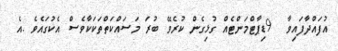
އުފައްދާފައިވާ  9ޑިޕާޓްމަންޓެއް ގުޅިގެން ކުރެވޭ ބުރަ މަސައްކަތްތަކަކާވެސް އެކުގައެވެ .އެ